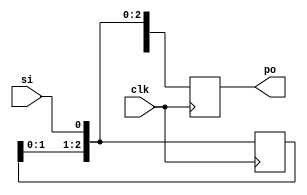
module sipo_des(clk, si, po);

input clk;
input si;
output reg [3:0] po;

reg [3:0] temp;

always @(posedge clk)
begin
	temp = temp<<1;
	temp[0] = si;
	po = temp;
end

endmodule